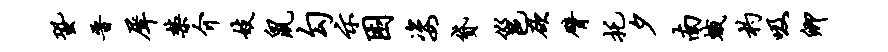
蛩晋犀禁介妓鼠勾示困姿贷邕欲臂托夕南蛾杓吸卿